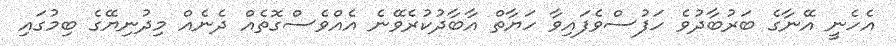
އެހެނީ އޭނާގެ ބަރުބާދުވެ ހަފުސްވެފައިވާ ހަޔާތް އާބާދުކުރެވޭނެ އެއްވެސްގޮތެއް ދެނެއް މިދުނިޔޭގެ ބިމުގައި